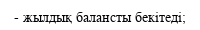
- жылдық балансты бекітеді;